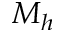
M _ { h }